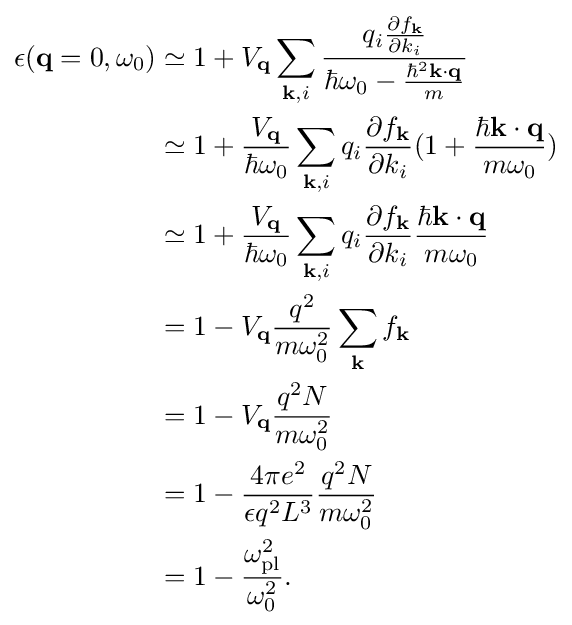
{\begin{alignedat}{2}\epsilon (\mathbf {q} =0,\omega _{0})&\simeq 1+V_{\mathbf {q} }\sum _{\mathbf {k} ,i}{\frac {q_{i}{\frac {\partial f_{\mathbf {k} }}{\partial k_{i}}}}{\hbar \omega _{0}-{\frac {\hbar ^{2}\mathbf {k} \cdot \mathbf {q} }{m}}}}\\&\simeq 1+{\frac {V_{\mathbf {q} }}{\hbar \omega _{0}}}\sum _{\mathbf {k} ,i}{q_{i}{\frac {\partial f_{\mathbf {k} }}{\partial k_{i}}}}(1+{\frac {\hbar \mathbf {k} \cdot \mathbf {q} }{m\omega _{0}}})\\&\simeq 1+{\frac {V_{\mathbf {q} }}{\hbar \omega _{0}}}\sum _{\mathbf {k} ,i}{q_{i}{\frac {\partial f_{\mathbf {k} }}{\partial k_{i}}}}{\frac {\hbar \mathbf {k} \cdot \mathbf {q} }{m\omega _{0}}}\\&=1-V_{\mathbf {q} }{\frac {q^{2}}{m\omega _{0}^{2}}}\sum _{\mathbf {k} }{f_{\mathbf {k} }}\\&=1-V_{\mathbf {q} }{\frac {q^{2}N}{m\omega _{0}^{2}}}\\&=1-{\frac {4\pi e^{2}}{\epsilon q^{2}L^{3}}}{\frac {q^{2}N}{m\omega _{0}^{2}}}\\&=1-{\frac {\omega _{\rm {pl}}^{2}}{\omega _{0}^{2}}}.\end{alignedat}}